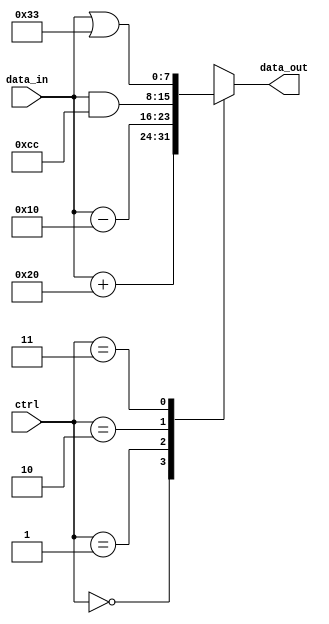
module behavioral_modeling_case_statement(input [1:0] ctrl,
                                            input [7:0] data_in,
                                            output reg [7:0] data_out);

always @(*)
begin
    case(ctrl)
        2'b00: data_out = data_in + 8'b00100000; // If ctrl is 00, add 32 to data_in
        2'b01: data_out = data_in - 8'b00010000; // If ctrl is 01, subtract 16 from data_in
        2'b10: data_out = data_in & 8'b11001100; // If ctrl is 10, perform bitwise AND operation with 204
        2'b11: data_out = data_in | 8'b00110011; // If ctrl is 11, perform bitwise OR operation with 51
        default: data_out = data_in; // Default case, pass data_in directly to data_out
    endcase
end

endmodule